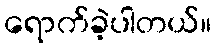
ရောက်ခဲ့ပါတယ်။